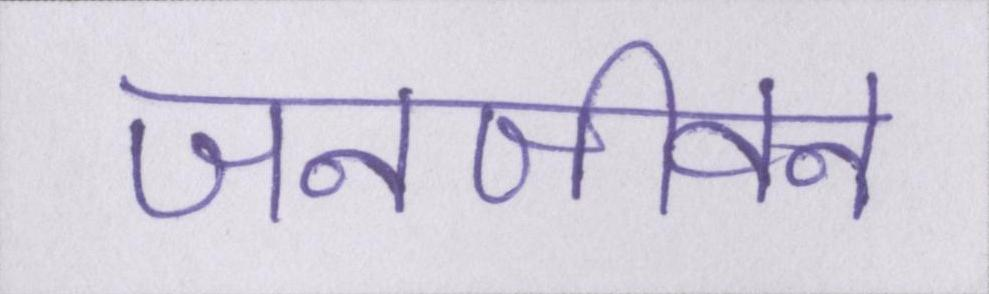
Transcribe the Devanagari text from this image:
जनजीवन